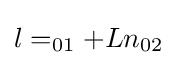
l=_{01}+Ln_{02}